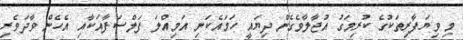
މި ވިޔަފާރިތަކުގެ ކުރިމަގު އުޖާލާވެގެން ދިޔައީ ހަމައެކަނި އަމިއްލަ ފަލްސަފާއަކާއި އެހެން ވާދަވެރި